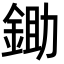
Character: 鋤